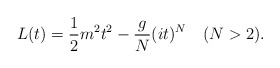
\begin{align*}L(t)={1\over 2}m^2t^2-{g\over N}(it)^N\quad(N>2).\end{align*}